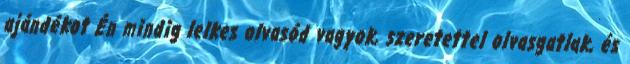
ajándékot Én mindig lelkes olvasód vagyok, szeretettel olvasgatlak, és